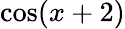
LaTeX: \cos(x+2)